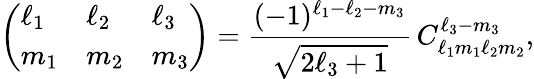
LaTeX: \left(\begin{array}{lll}{\ell_{1}}&{\ell_{2}}&{\ell_{3}}\\ {m_{1}}&{m_{2}}&{m_{3}}\end{array}\right)=\frac{(-1)^{\ell_{1}-\ell_{2}-m_{3}}}{\sqrt{2\ell_{3}+1}}\, C_{\ell_{1}m_{1}\ell_{2}m_{2}}^{\ell_{3}-m_{3}},